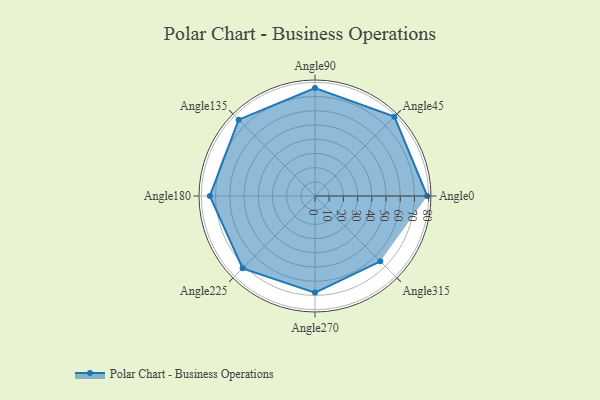
{"axis": {"x": "Angle", "y": "Radius"}, "legend": [""], "data": [{"x": "Angle0", "y": 79.0, "type": ""}, {"x": "Angle45", "y": 79.0, "type": ""}, {"x": "Angle90", "y": 76.0, "type": ""}, {"x": "Angle135", "y": 76.0, "type": ""}, {"x": "Angle180", "y": 74.0, "type": ""}, {"x": "Angle225", "y": 72.0, "type": ""}, {"x": "Angle270", "y": 68.0, "type": ""}, {"x": "Angle315", "y": 65.0, "type": ""}]}